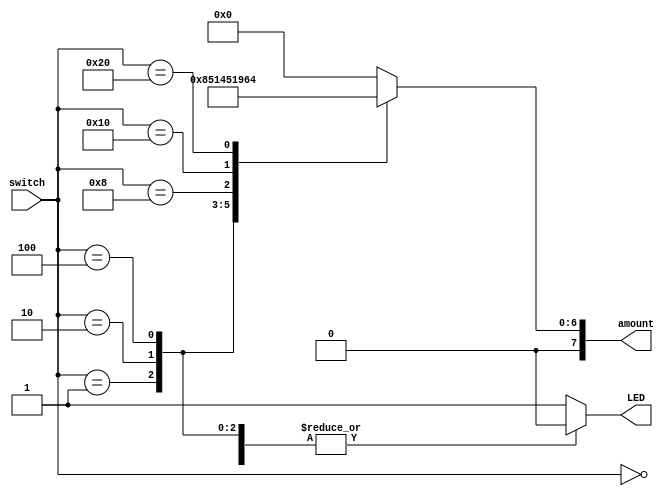
`timescale 1ns / 1ps




module ATM(
    input [5:0] switch, //6 different Bills ($1, $5, $10, $20,$50, $100)
    output [7:0] amount, //dollar money inserted into the ATM Machine
    output LED //this just indicates if you have more than one dollar amount entered.
    );
    
    reg [7:0] bill_amount = 8'b00000000; //will assign values here...
    
    //only one switch in up position at a time. Else warning led light will turn on.
    always @(switch)
    begin
        case(switch) //amount depends upon the switch
            1: bill_amount = 8'b00000001; // $1, if sw[0] is high
            2: bill_amount = 8'b00000101; // $5, if sw[2] is high
            4: bill_amount = 8'b00001010; // $10, if sw[4] is high
            8: bill_amount = 8'b00010100; // $20 sw[6]
            16: bill_amount = 8'b00110010; // $5000
            32: bill_amount = 8'b01100100; // $100, if sw10 is high
            default: bill_amount = 8'b00000000; // $0 
        endcase
    end
    
    assign amount = bill_amount;
    
    ////only one switch in up position at a time. Else warning led light will turn on.
    reg active = 1'b0; 
        
    always @(switch)
    begin
        case(switch)
            0: active = 1'b0; // $0
            1: active = 1'b0; // $1
            2: active = 1'b0; // $5
            4: active = 1'b0; // $10
            8: active = 1'b0; // $20 (1000)
            16: active = 1'b0; // $50 (1000 0000)
            32: active = 1'b0; // $100
            default: active = 1'b1; // $0 
        endcase
    end
    
    assign LED = active;
    
endmodule